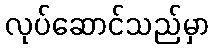
လုပ်ဆောင်သည်မှာ